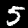
Digit: 5